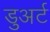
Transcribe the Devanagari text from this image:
डुअर्ट